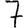
Digit: 7